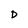
Character: D